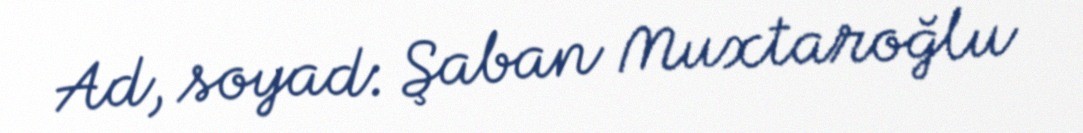
Ad, soyad: Şaban Muxtaroğlu